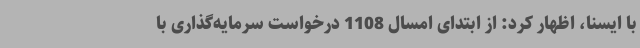
با ایسنا، اظهار کرد: از ابتدای امسال 1108 درخواست سرمایه‌گذاری با